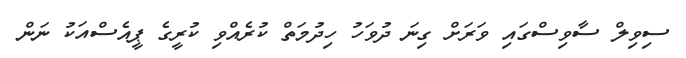
ސިވިލް ސާވިސްގައި ވަރަށް ގިނަ ދުވަހު ހިދުމަތް ކުރެއްވި ކުރީގެ ޕީއެސްއަކު ނަން